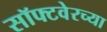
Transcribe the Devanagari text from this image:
सॉफ्टवेरच्या